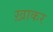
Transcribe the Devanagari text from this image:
ख़ाकर